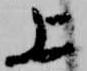
上